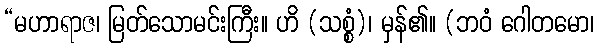
“မဟာရာဇ၊ မြတ်သောမင်းကြီး။ ဟိ (သစ္စံ)၊ မှန်၏။ (ဘဝံ ဂေါတမော၊